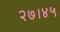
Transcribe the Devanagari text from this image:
२७।४५